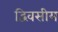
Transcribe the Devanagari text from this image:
द्विवसीय